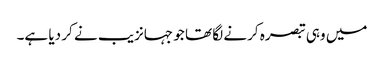
میں وہی تبصرہ کرنے لگا تھا جو جہانزیب نے کر دیا ہے۔